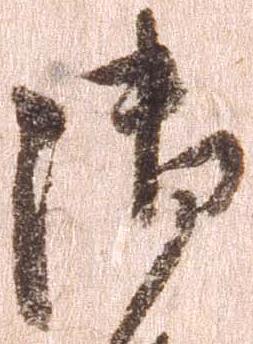
御